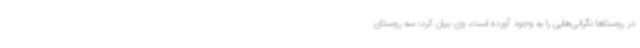
در روستاها نگرانی‌هایی را به وجود آورده است. وی بیان کرد: سه روستای